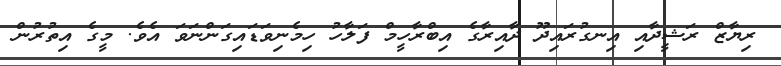
ރިޔާޒް ރަޝީދާއި އިނގުރައިދޫ ދާއިރާގެ އިބްރާހީމް ފަލާހު ހިމެނިވަޑައިގަންނަވަ އެވެ. މީގެ އިތުރުން